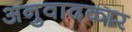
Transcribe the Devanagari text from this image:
अनुवादकार